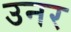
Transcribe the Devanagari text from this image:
उनर